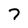
Character: 7